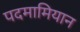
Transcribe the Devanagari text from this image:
पदमामियान